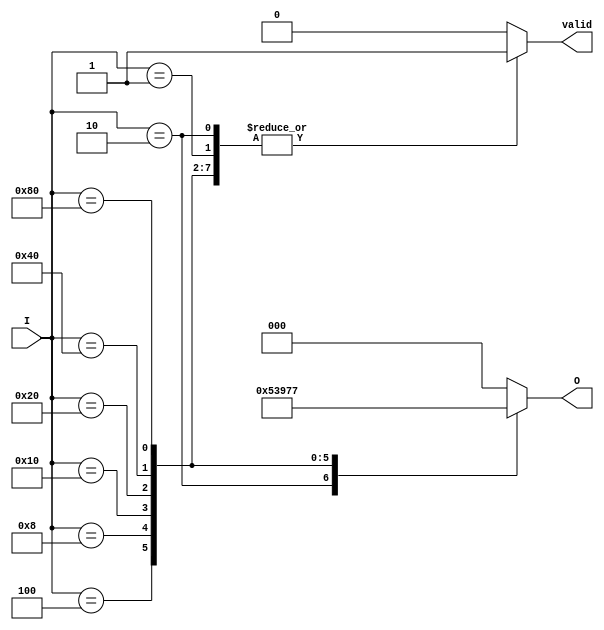
module one_of_n_encoder (
    input wire [7:0] I,      // 8 input lines
    output reg [2:0] O,      // 3 output lines (log2(8) = 3)
    output reg valid         // Indicates if the output is valid
);

    always @(*) begin
        // Default values
        O = 3'b000;           // Default output
        valid = 1'b0;        // Default valid signal

        case (I)
            8'b00000001: begin O = 3'b000; valid = 1'b1; end // I[0]
            8'b00000010: begin O = 3'b001; valid = 1'b1; end // I[1]
            8'b00000100: begin O = 3'b010; valid = 1'b1; end // I[2]
            8'b00001000: begin O = 3'b011; valid = 1'b1; end // I[3]
            8'b00010000: begin O = 3'b100; valid = 1'b1; end // I[4]
            8'b00100000: begin O = 3'b101; valid = 1'b1; end // I[5]
            8'b01000000: begin O = 3'b110; valid = 1'b1; end // I[6]
            8'b10000000: begin O = 3'b111; valid = 1'b1; end // I[7]
            default: begin O = 3'b000; valid = 1'b0; end // No valid input
        endcase
    end

endmodule